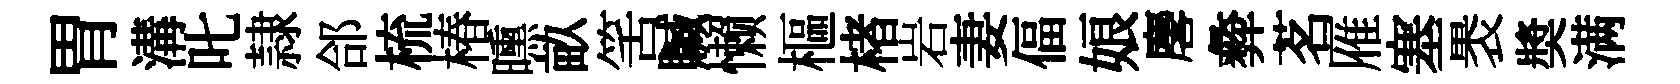
胃溝叱隷郃梳椿曛畝筈贓懒樞楮岩妻偪娘麐彜茗雁塞褁奬满